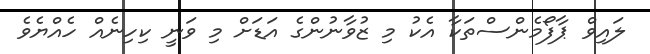
ލައިވް ޕާފޯމެންސްތަކާ އެކު މި ޒުވާނުންގެ އަޑަށް މި ވަނީ ކިހިނެއް ހެއްޔެވެ